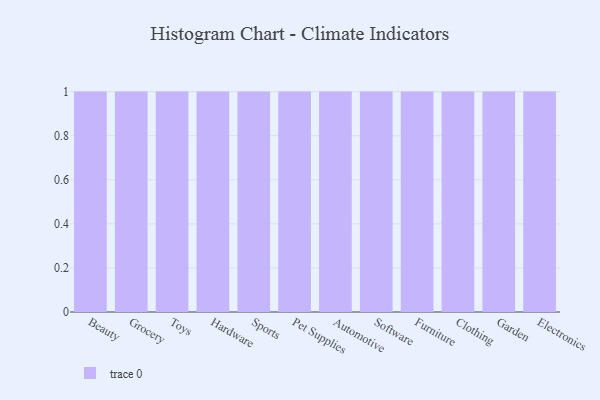
{"axis": {"x": "Category", "y": "Headcount"}, "legend": [""], "data": [{"x": "Beauty", "y": 58, "type": ""}, {"x": "Grocery", "y": 1, "type": ""}, {"x": "Toys", "y": 78, "type": ""}, {"x": "Hardware", "y": 50, "type": ""}, {"x": "Sports", "y": 87, "type": ""}, {"x": "Pet Supplies", "y": 14, "type": ""}, {"x": "Automotive", "y": 42, "type": ""}, {"x": "Software", "y": 47, "type": ""}, {"x": "Furniture", "y": 29, "type": ""}, {"x": "Clothing", "y": 1, "type": ""}, {"x": "Garden", "y": 90, "type": ""}, {"x": "Electronics", "y": 55, "type": ""}]}